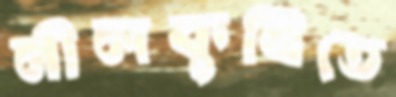
নীলকুঠিতে